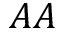
A A